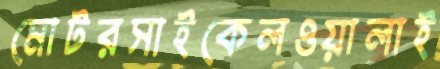
মোটরসাইকেলওয়ালাই